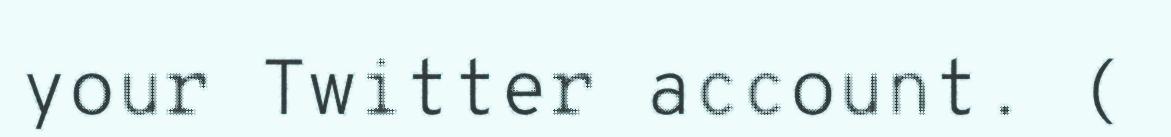
your Twitter account. (